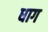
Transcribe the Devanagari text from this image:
धाग